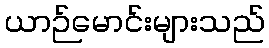
ယာဉ်မောင်းများသည်